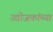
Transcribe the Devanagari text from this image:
उद्योजकांच्या